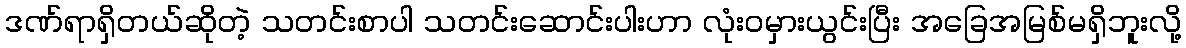
ဒဏ်ရာရှိတယ်ဆိုတဲ့ သတင်းစာပါ သတင်းဆောင်းပါးဟာ လုံးဝမှားယွင်းပြီး အခြေအမြစ်မရှိဘူးလို့